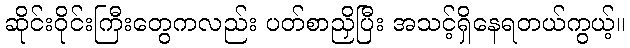
ဆိုင်းဝိုင်းကြီးတွေကလည်း ပတ်စာညှိပြီး အသင့်ရှိနေရတယ်ကွယ့်။